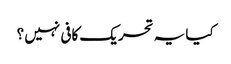
کیا یہ تحریک کافی نہیں ؟